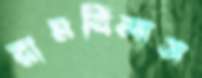
রামবিলাস